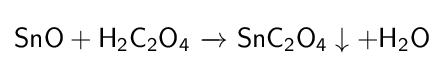
{\mathsf {SnO+H_{2}C_{2}O_{4}\ {\xrightarrow {}}\ SnC_{2}O_{4}\downarrow +H_{2}O}}